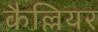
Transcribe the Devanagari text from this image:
कैल्लियर